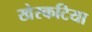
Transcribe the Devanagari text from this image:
खेरकटिया